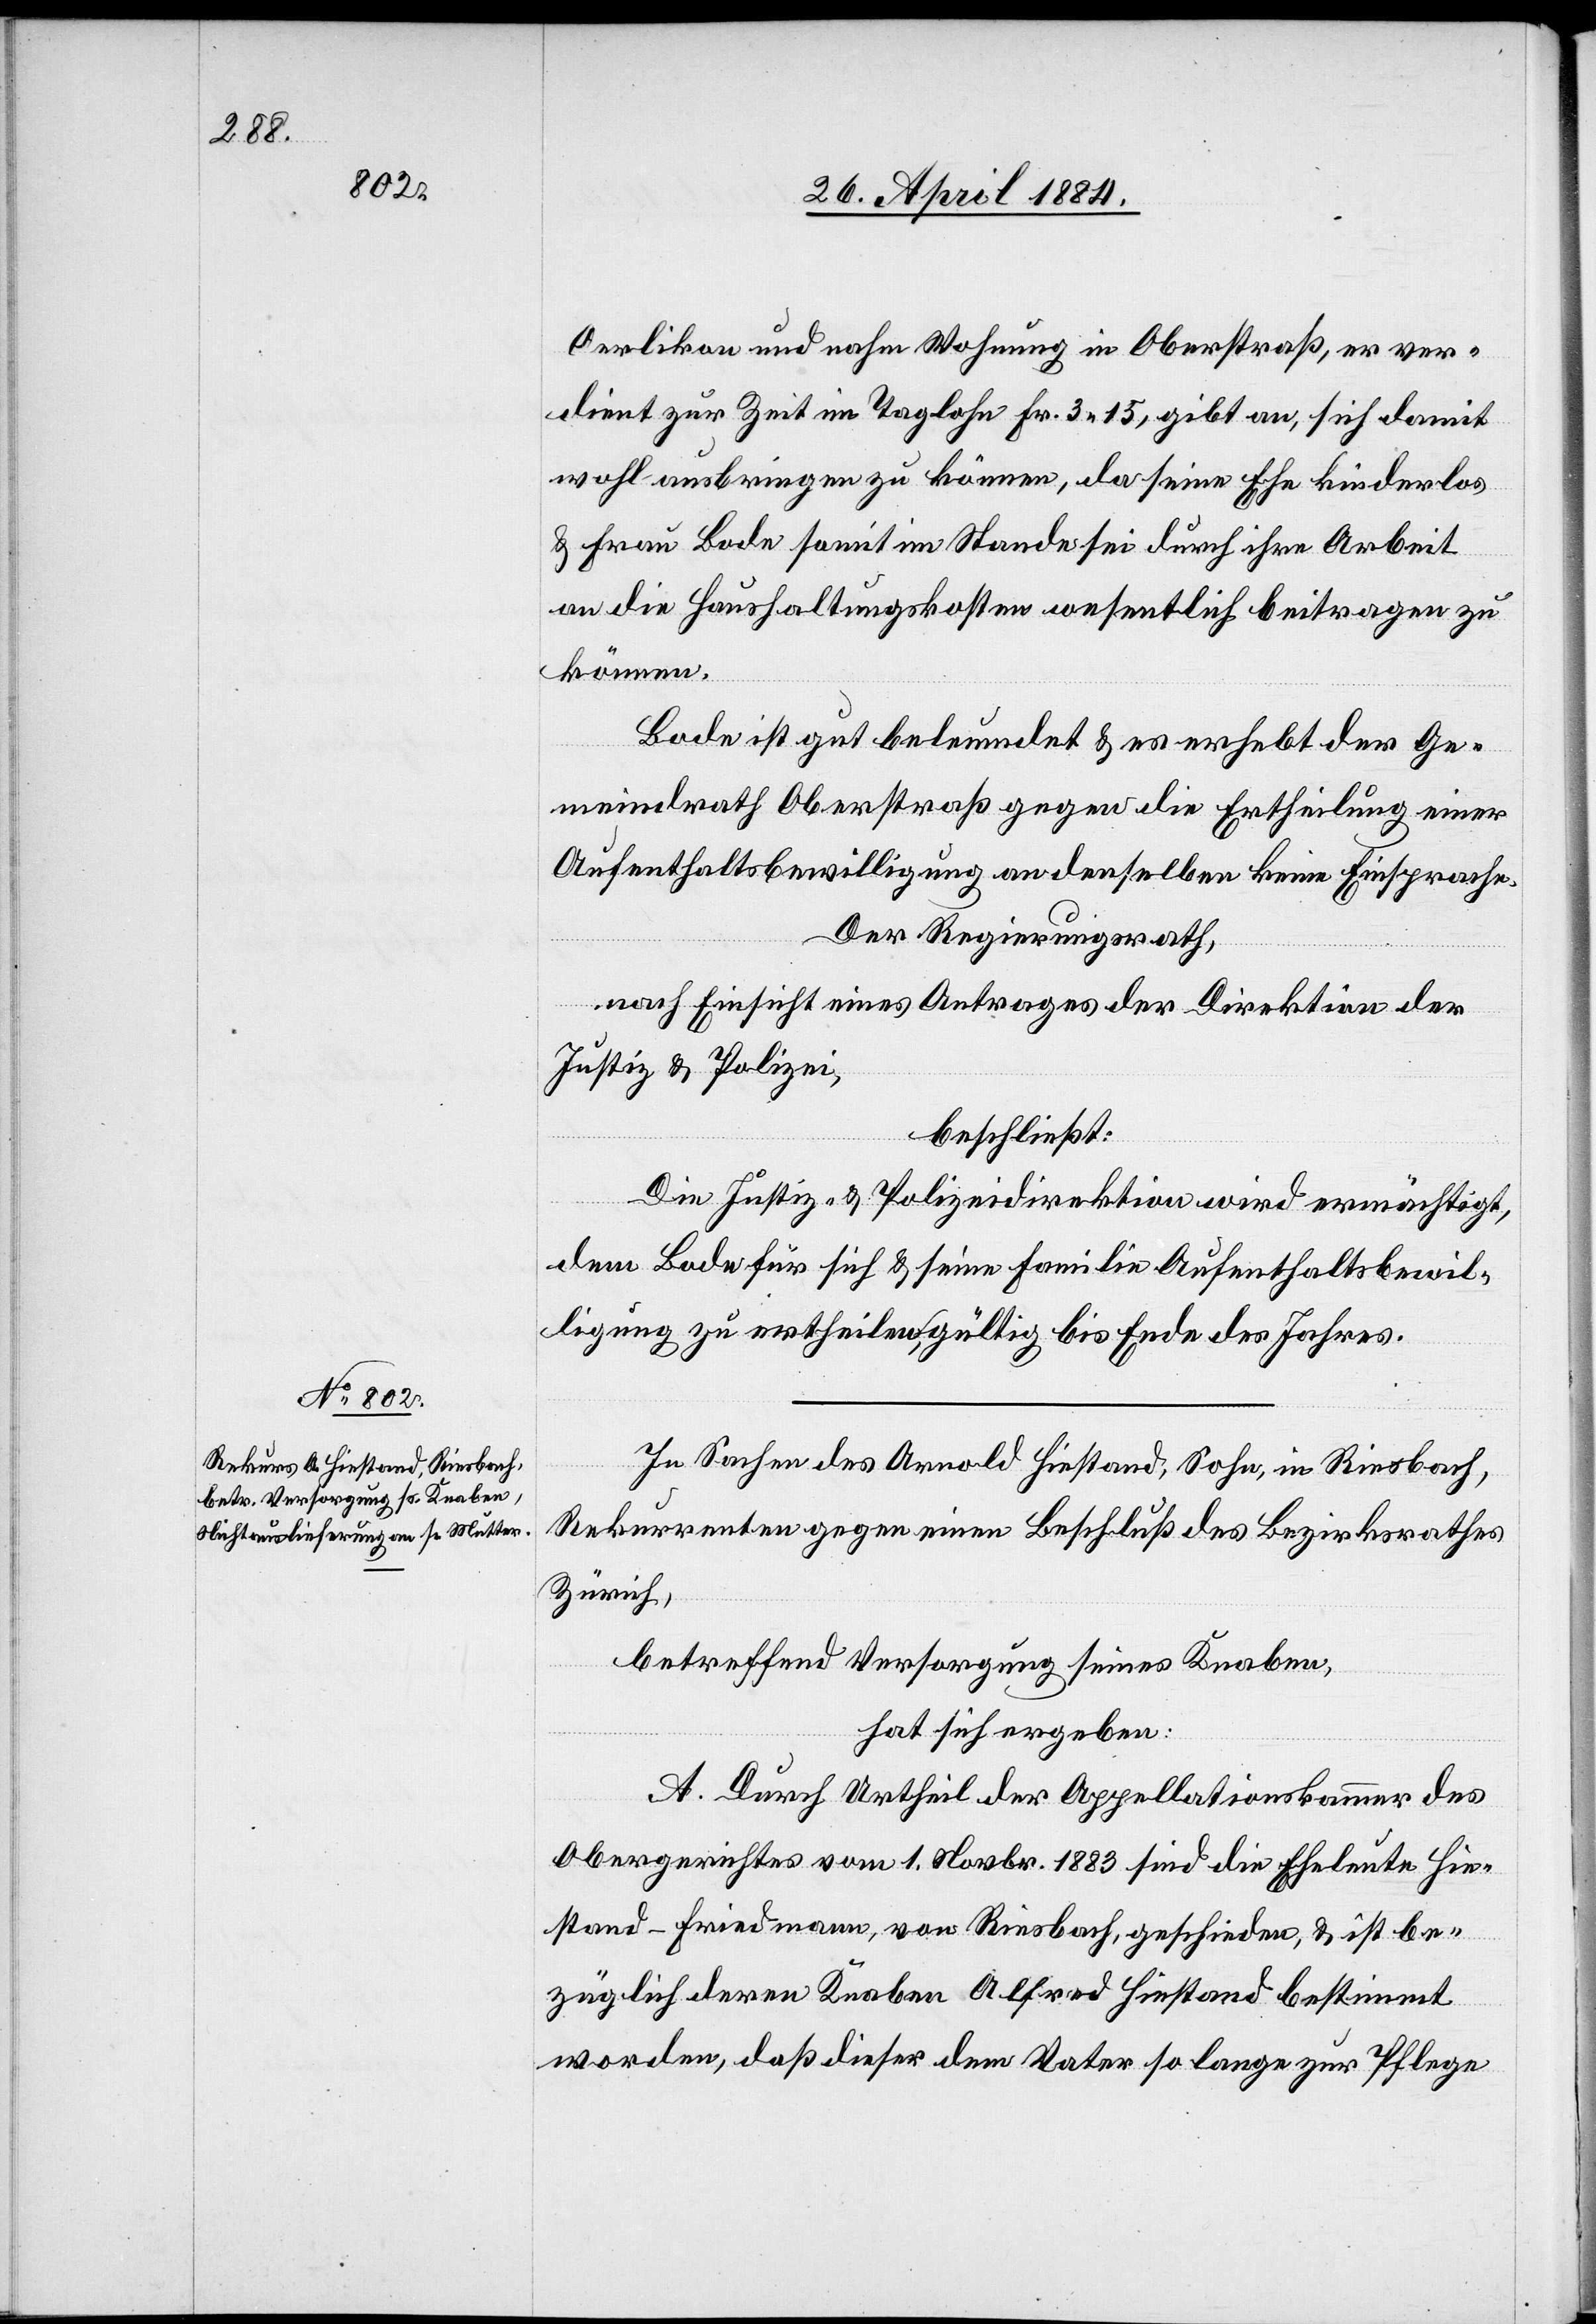
Oerlikon und nahm Wohnung in Oberstraß, er ver¬
dient zur Zeit im Taglohn Fr. 3 15, gibt an, sich damit
wohl ausbringen zu können, da seine Ehe kinderlos
& Frau Bode somit im Stande sei durch ihre Arbeit
an die Haushaltungskosten wesentlich beitragen zu
können.
Bode ist gut beleumundet & es erhebt der Ge¬
meindrath Oberstraß gegen die Ertheilung einer
Aufenthaltsbewilligung an denselben keine Einsprache.
Der Regierungsrath,
nach Einsicht eines Antrages der Direktion der
Justiz- & Polizei,
beschließt:
Die Justiz- & Polizeidirektion wird ermächtigt,
dem Bode für sich & seine Familie Aufenthaltsbewil¬
ligung zu ertheilen, gültig bis Ende des Jahres.
In Sachen des Arnold Hiestand, Sohn, in Riesbach,
Rekurrent gegen einen Beschluß des Bezirksrathes
Zürich,
betreffend Versorgung seines Knaben,
hat sich ergeben:
A. Durch Urtheil der Appellationskammer des
Obergerichtes vom 1. Novbr. 1883 sind die Eheleute Hie¬
stand-Friedmann, von Riesbach, geschieden, & ist be¬
züglich deren Knaben Alfred Hiestand bestimmt
worden, daß dieser dem Vater so lange zur Pflege